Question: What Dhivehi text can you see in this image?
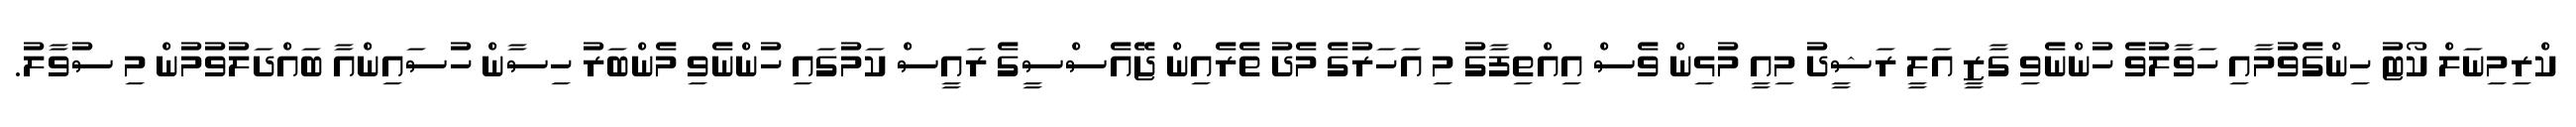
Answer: ކްރިމިނަލް ކޯޓު ހިންގެވުމާއި ހަވާލުވެ ހުންނެވި ގާޒީ އަލީ ރަޝީދު މިއީ މުޅިން ވެސް އިއްތިފާގު މި އަހަރުގެ މެދު ތެރެއިން ޖޭއެސްސީގެ ރައީސް ކަމުގައި ހުންނެވި މެންބަރު ހިސާން ހުސައިންއާ ބައްދަލުވުމުން މި ސުވާލު.